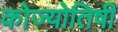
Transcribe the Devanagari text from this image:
कोज्योतिषी